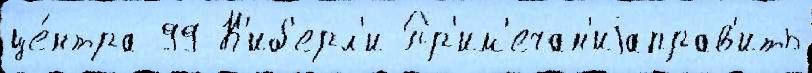
це́нтра 99 К'иб'ерл'и Пр'им'ечан'иjаправ'ить